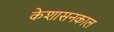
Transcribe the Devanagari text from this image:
केशासनकाल